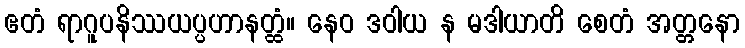
ဧတံ ရာဂူပနိဿယပ္ပဟာနတ္ထံ။ နေဝ ဒဝါယ န မဒါယာတိ စေတံ အတ္တနော